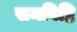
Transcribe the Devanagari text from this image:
समविष्टि